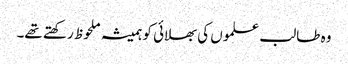
وہ طالب علموں کی بھلائی کو ہمیشہ ملحوظ رکھتے تھے۔